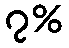
၇%